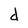
Character: d